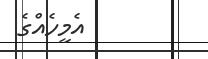
އެމީހެއްގެ